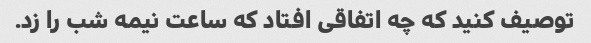
توصیف کنید که چه اتفاقی افتاد که ساعت نیمه شب را زد.